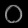
Digit: ၀